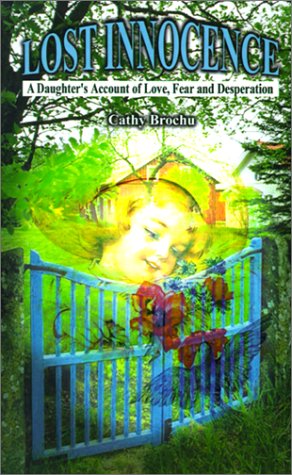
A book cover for Lost Innocence: A Daughter's Account of Love, Fear and Desperation (New Beginnings); Cathy Brochu; Health, Fitness & Dieting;